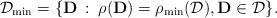
LaTeX: \begin{align*} \mathcal{D}_{\min}=\{\mathbf{D} \::\: \rho(\mathbf{D})=\rho_{\min}(\mathcal{D}),\mathbf{D}\in\mathcal{D}\}.\end{align*}